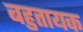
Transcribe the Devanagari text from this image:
बहुतायक